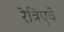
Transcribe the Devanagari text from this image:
रेत्रिएवे